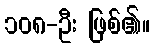
၁၀၈-ဦး ဖြစ်၏။